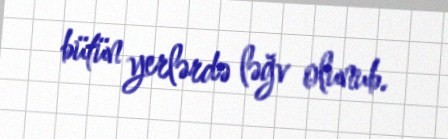
bütün yerlərdə ləğv olunub.